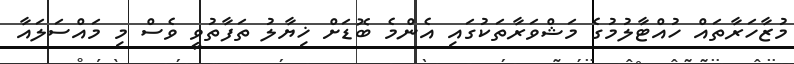
މުޒާހަރާތައް ހުއްޓާލުމުގެ މަޝްވަރާތަކުގައި އެންމެ ބޮޑަށް ޚިޔާލު ތަފާތުވީ ވެސް މި މައްސަލައާ